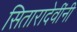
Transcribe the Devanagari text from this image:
सितारादेवींनी